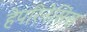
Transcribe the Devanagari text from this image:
हेपरिनेसिस